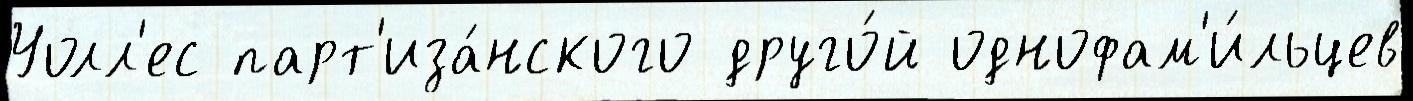
Уолл'ес парт'иза́нского друго́й однофам'и́льцев